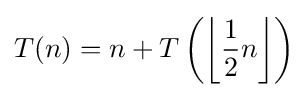
T(n)=n+T\left(\left\lfloor {\frac {1}{2}}n\right\rfloor \right)